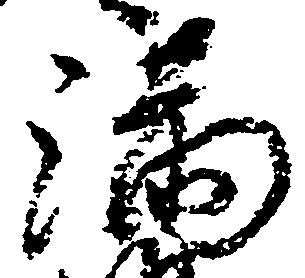
満